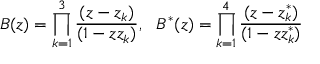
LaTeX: B ( z ) = \prod _ { k = 1 } ^ { 3 } { \frac { ( z - z _ { k } ) } { ( 1 - z z _ { k } ) } } , ~ ~ B ^ { * } ( z ) = \prod _ { k = 1 } ^ { 4 } { \frac { ( z - z _ { k } ^ { * } ) } { ( 1 - z z _ { k } ^ { * } ) } }